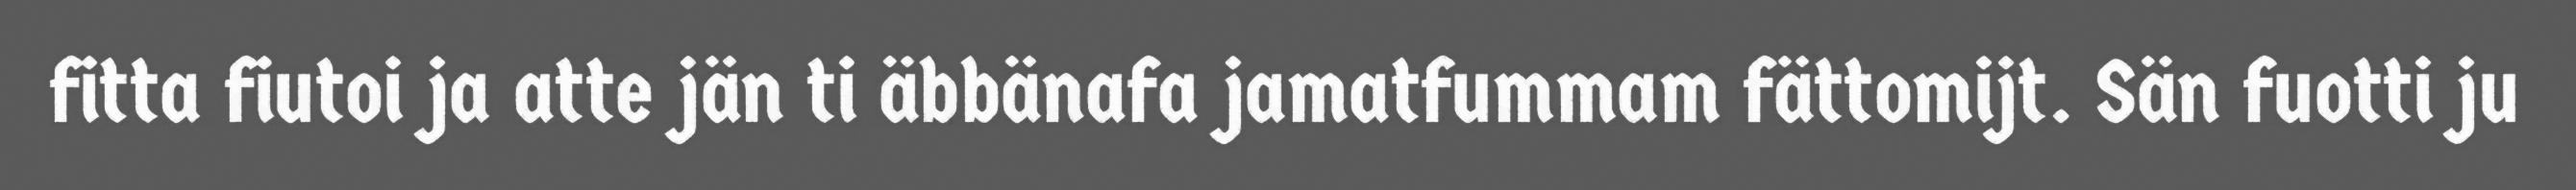
fitta fiutoi ja atte jän ti äbbänafa jamatfummam fättomijt. Sän fuotti ju